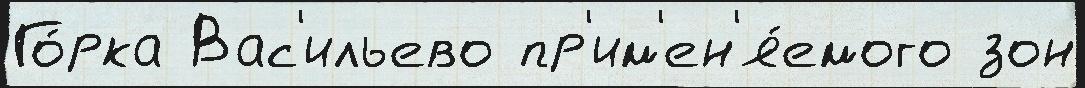
Го́рка Вас'ильево пр'им'ен'я́емого зон